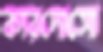
কারদোসো